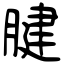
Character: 腱